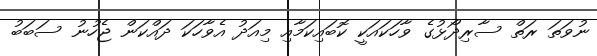
ނުވަތަ ރަތް ސާރިދޯޅުގެ ވާހަކައަކީ ކޮބައިކަމާއި މިއަދު އެވާހަކަ ދައްކަން ޖެހުނު ސަބަބު